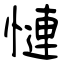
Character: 慩